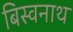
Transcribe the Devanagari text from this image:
बिस्वनाथ